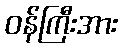
ဝန်ကြီးအား